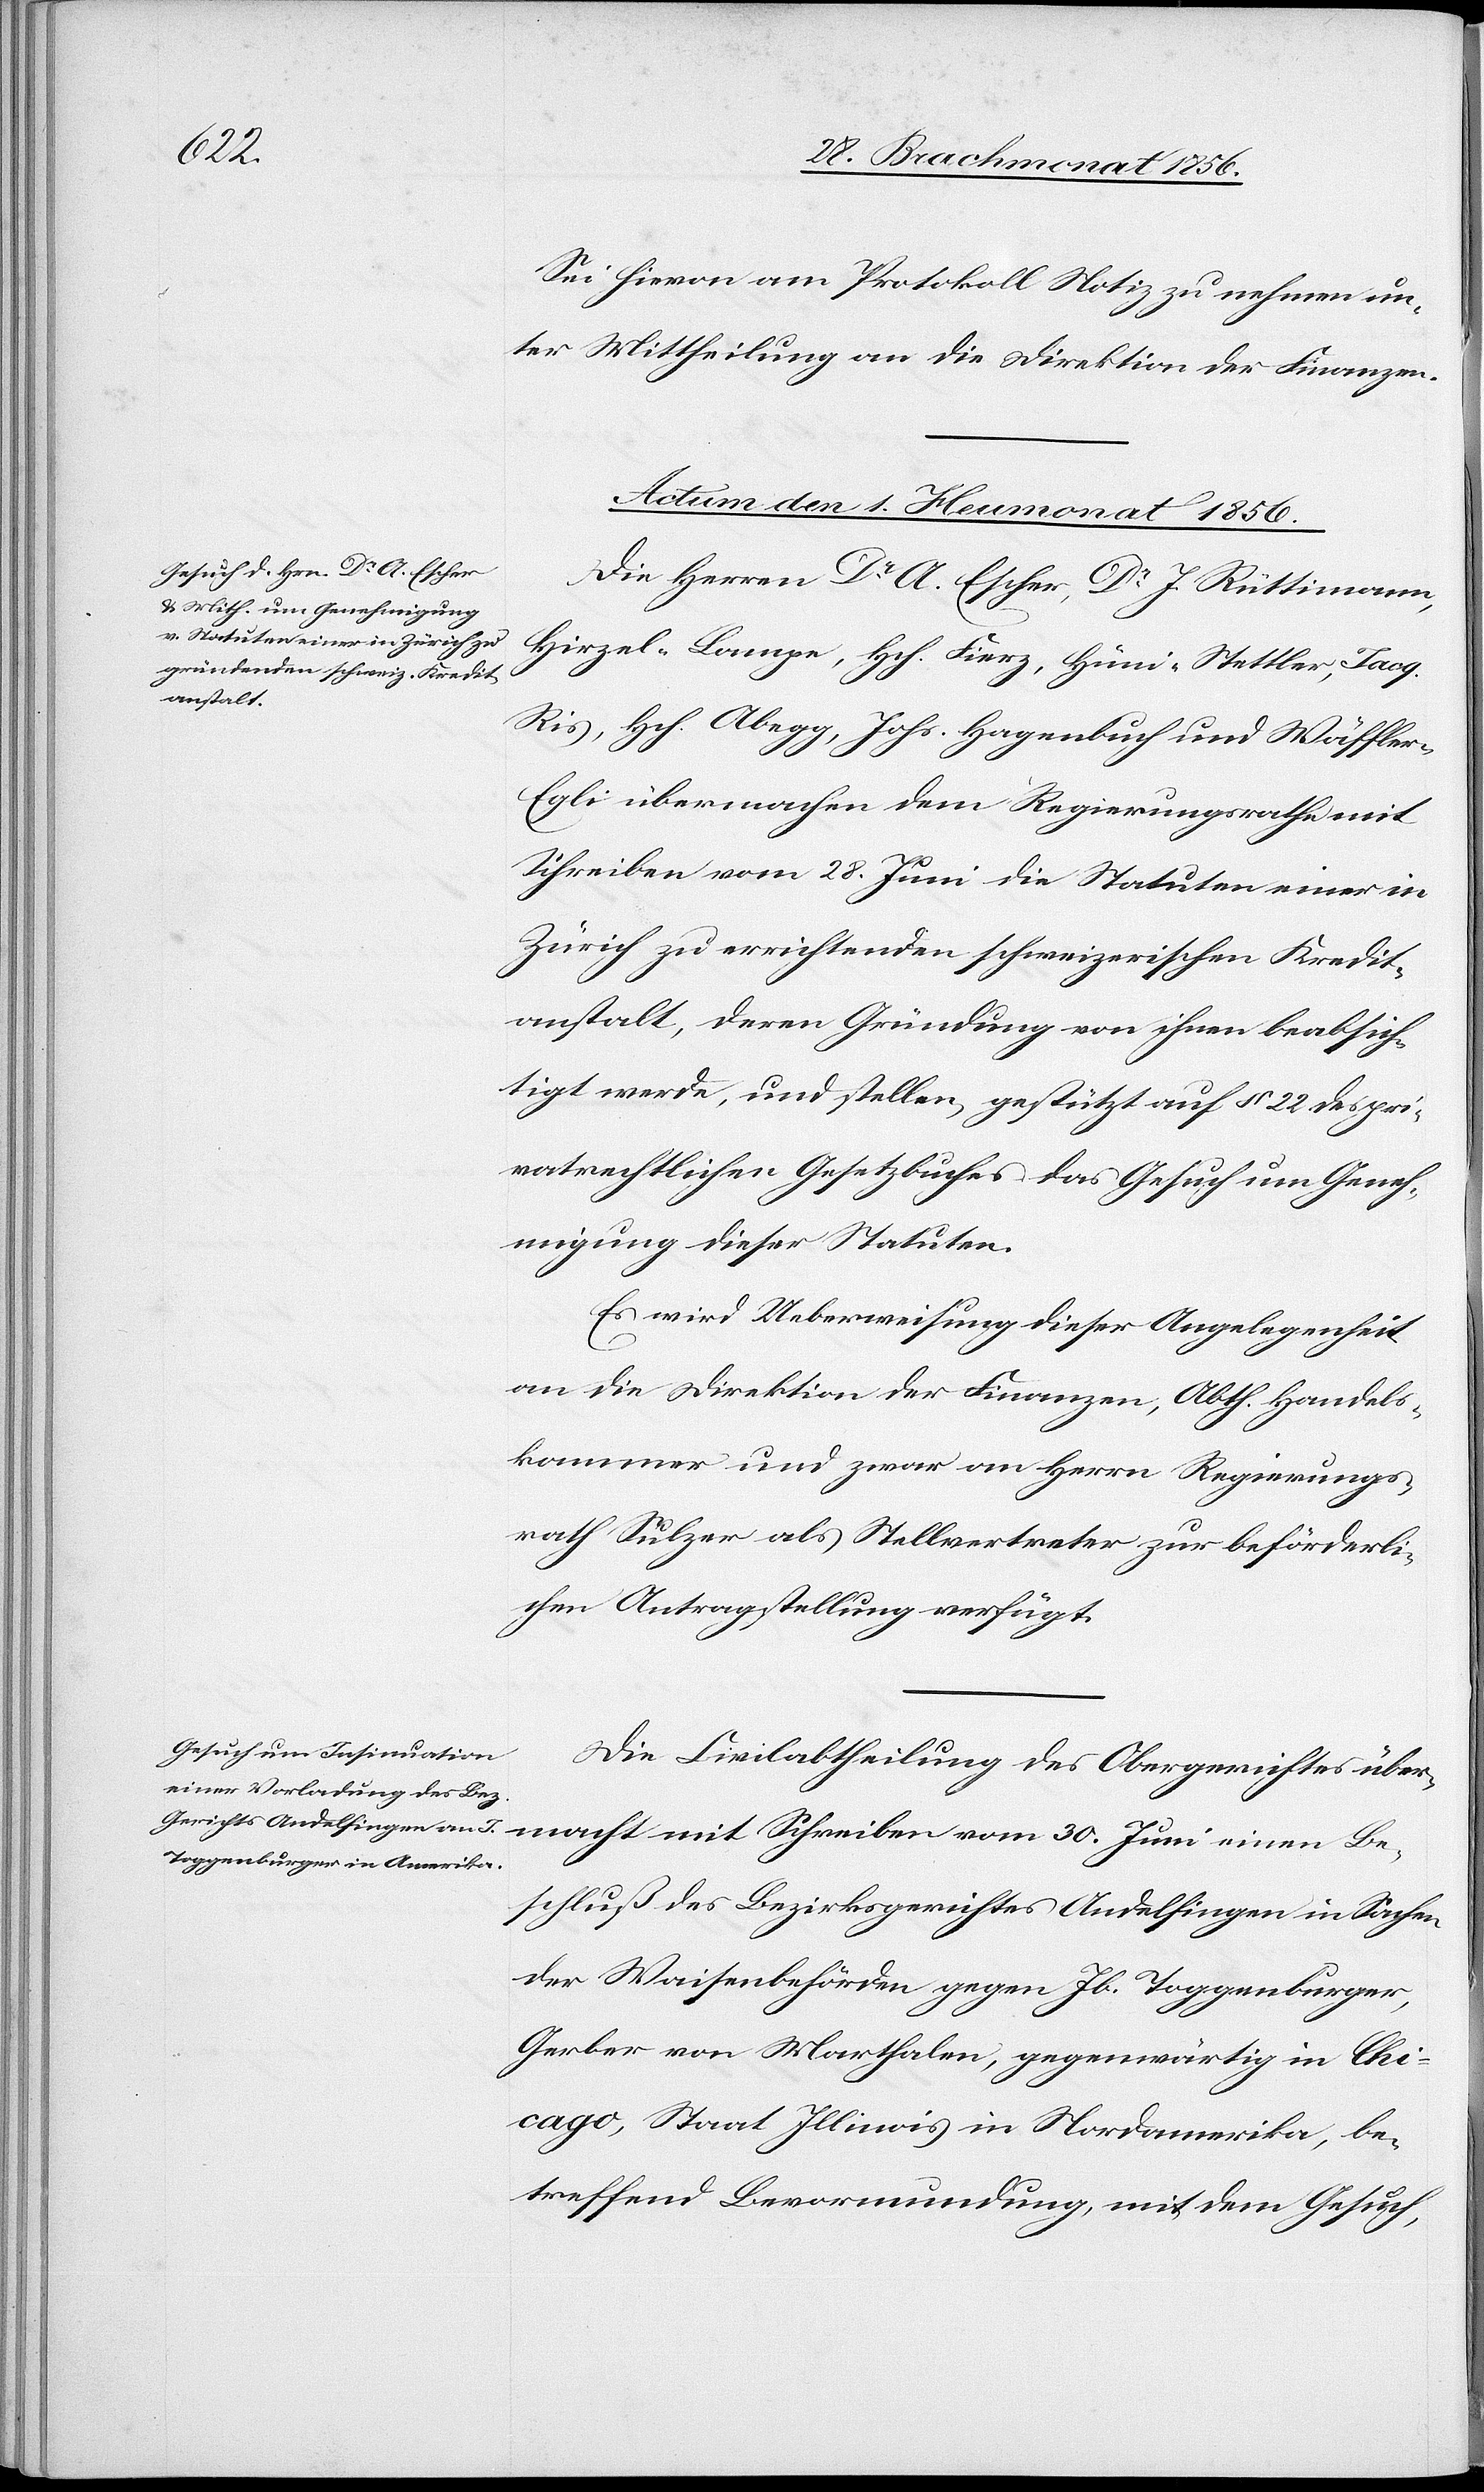
Be¬
Sei hievon am Protokoll Notiz zu nehmen un¬
ter Mittheilung an die Direktion der Finanzen.
Actum den 1. Heumonat 1856.]
Die Herrn Dr A. Escher, Dr J. Rüttimann,
Hirzel-Lampe, Hch. Fierz, Hüni-Stettler, Jacq.
Ris, Hch. Abegg, Johs. Hagenbuch und Wäffler-E¬
gli übermachen dem Regierungsrathe mit
Schreiben vom 28. Juni die Statuten einer in
Zürich zu errichtenden schweizerischen Kredit¬
anstalt, deren Gründung von ihnen beabsich¬
tigt werde, und stellen, gestützt auf § 22 des pri¬
vatrechtlichen Gesetzbuches das Gesuch um Geneh¬
migung dieser Statuten.
Es wird Ueberweisung dieser Angelegenheit
an die Direktion der Finanzen, Abth. Handels¬
kammer und zwar an Herrn Regierungs¬
rath Sulzer als Stellvertreter zur beförderli¬
chen Antragstellung verfügt.
Die Civilabtheilung des Obergerichtes über¬
schluß des Bezirksgerichtes Andelfingen in Sachen
der Waisenbehörden gegen Jb. Toggenburger,
Gerber von Marthalen, gegenwärtig in Chi¬
cago, Staat Illinois in Nordamerika, be¬
treffend Bevormundung, mit dem Gesuch,